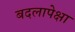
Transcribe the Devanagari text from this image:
बदलापेक्षा